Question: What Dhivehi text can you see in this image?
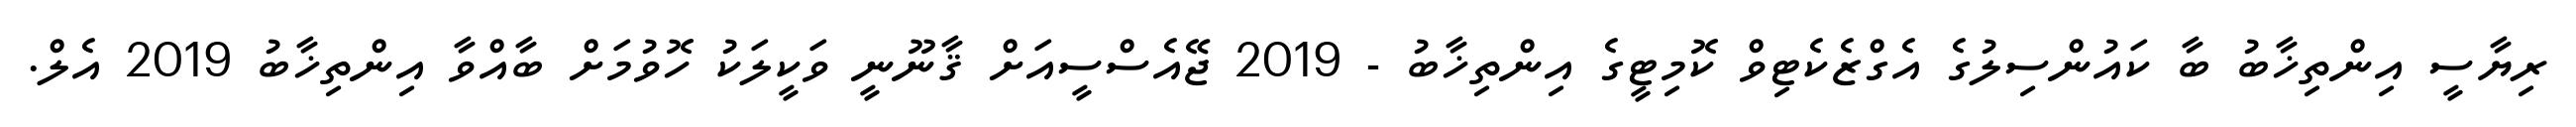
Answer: ރިޔާސީ އިންތިޚާބު ބާ ކައުންސިލުގެ އެގްޒެކެޓިވް ކޮމިޓީގެ އިންތިޚާބު - 2019 ޖޭއެސްސީއަށް ޤާނޫނީ ވަކީލަކު ހޮވުމަށް ބާއްވާ އިންތިޚާބު 2019 އެލް.